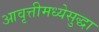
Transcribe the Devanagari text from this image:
आवृत्तीमध्येसुद्धा